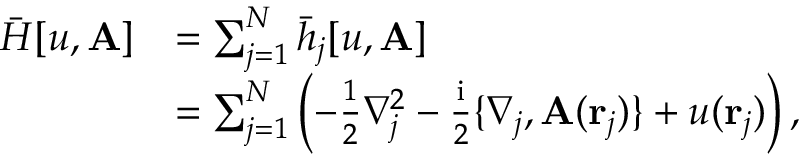
\begin{array} { r l } { \bar { H } [ u , \mathbf { A } ] } & { = \sum _ { j = 1 } ^ { N } \bar { h } _ { j } [ u , \mathbf { A } ] } \\ & { = \sum _ { j = 1 } ^ { N } \left( - \frac { 1 } { 2 } \nabla _ { j } ^ { 2 } - \frac { \mathrm { i } } { 2 } \{ \nabla _ { j } , \mathbf { A } ( \mathbf { r } _ { j } ) \} + u ( \mathbf { r } _ { j } ) \right) , } \end{array}